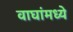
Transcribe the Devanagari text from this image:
वाघांमध्ये